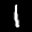
Label: 1